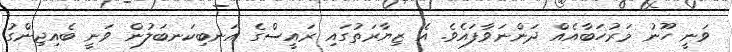
ވަނީ ހޫނު މަރުހަބާއެއް ދަންނަވާފައެވެ. އެ ޒިޔާރަތުގައި ރައީސްގެ އަނބިކަނބަލުން ވަނީ ބެއިޖިންގު